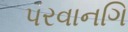
પરવાનગિ